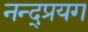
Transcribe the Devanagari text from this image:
नन्द्प्रयग